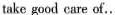
take good care of…